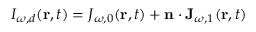
I _ { \omega , d } ( \mathbf r , t ) = J _ { \omega , 0 } ( \mathbf r , t ) + \mathbf n \cdot \mathbf J _ { \omega , 1 } ( \mathbf r , t )